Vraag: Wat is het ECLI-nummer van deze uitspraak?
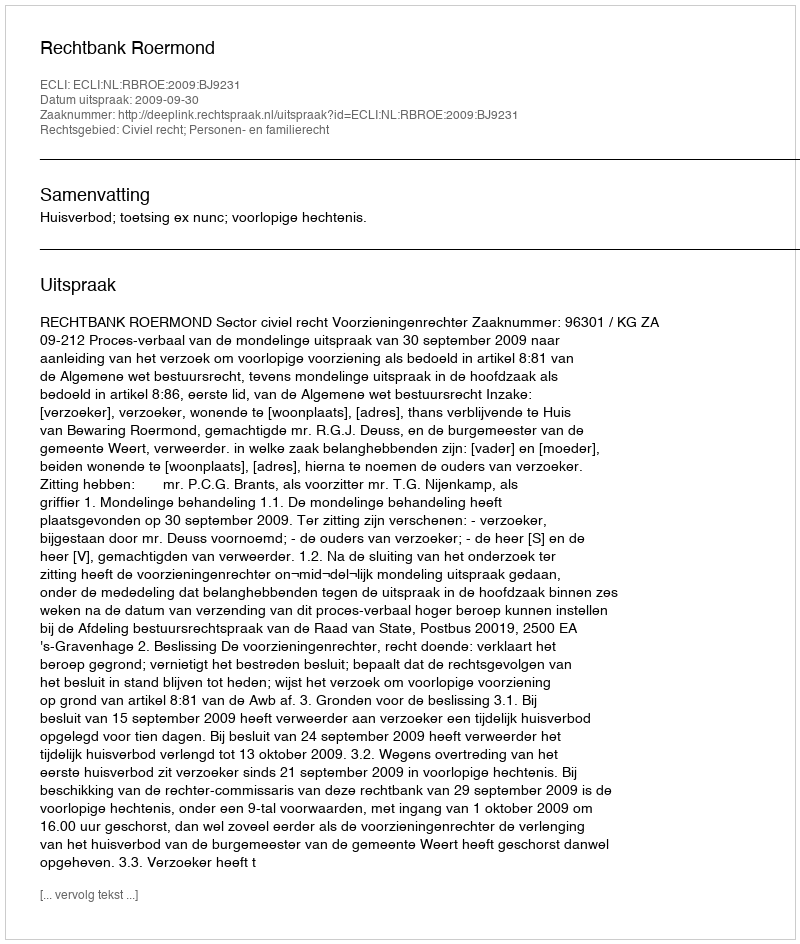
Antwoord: ECLI:NL:RBROE:2009:BJ9231